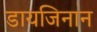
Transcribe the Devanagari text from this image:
डायजिनान